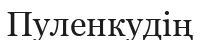
Пуленкудің